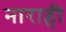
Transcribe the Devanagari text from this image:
नाराही